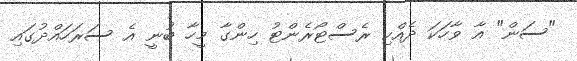
"ސަން" އާ ވާހަކަ ދެއްކި ރެސްޓޯރެންޓު ހިންގާ މީހާ ބުނީ އެ ސަރަހައްދުގައި